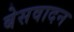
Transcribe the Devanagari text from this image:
बेसवादन